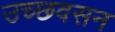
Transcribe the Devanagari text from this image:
उच्छवसन